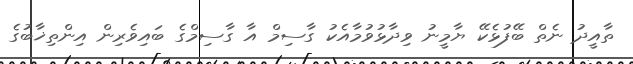
ތާއީދު ނެތް ބޭފުޅެކޭ ޔާމީނު ވިދާޅުވުމާއެކު ގާސިމް އާ ގާސިމްގެ ބައިވެރިން އިންތިޚާބުގެ